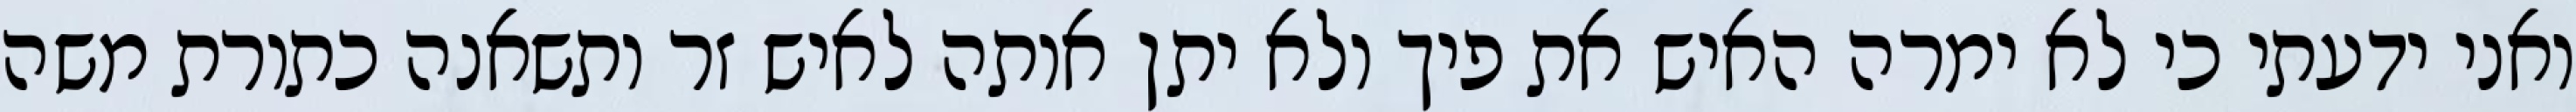
ואני ידעתי כי לא ימרה האיש את פיך ולא יתן אותה לאיש זר ותשאנה כתורת משה